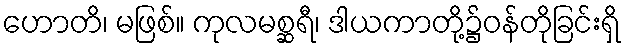
ဟောတိ၊ မဖြစ်။ ကုလမစ္ဆရီ၊ ဒါယကာတို့၌ဝန်တိုခြင်းရှိ